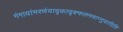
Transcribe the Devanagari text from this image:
गंगायांमरणंयादृक्तादृक्फलमवाप्नुयादिति